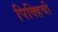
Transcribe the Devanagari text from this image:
पिक्हिची